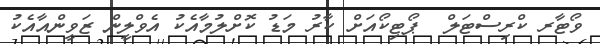
ވޯޓާރ ކްރިސްޓަލް  ޕޯޓިކޯއަށް ކާރު މަޑު ކޮށްލުމާއެކު އެވްލީން ޒަވީންއާއެކު